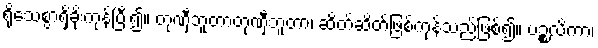
ရိုသေစွာရှိခိုးကုန်ပြီး၍။ တုဏှီဘူတာတုဏှီဘူတာ၊ ဆိတ်ဆိတ်ဖြစ်ကုန်သည်ဖြစ်၍။ ပဉ္စလိကာ၊